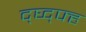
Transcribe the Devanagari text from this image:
द्घ्द्फ्ह